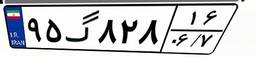
۷۶گ۱۹۴۵۴